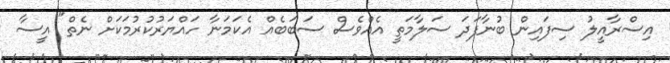
އިސްރާއީލު ސިފައިން ބުނާފަދަ ސަލާމަތީ އެއްވެސް ސަބަބެއް އެކަމަނާ ހައްޔަރުކުރުމަކަށް ނެތް" އީސާ